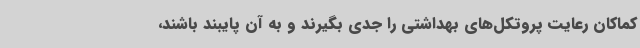
کماکان رعایت پروتکل‌های بهداشتی را جدی بگیرند و به آن پایبند باشند،